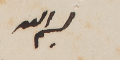
بسم الله